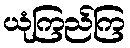
ယုံကြည်ကြ